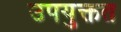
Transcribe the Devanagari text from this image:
उपयुक्तत